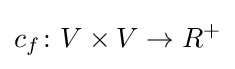
c_{f}\colon V\times V\to R^{+}